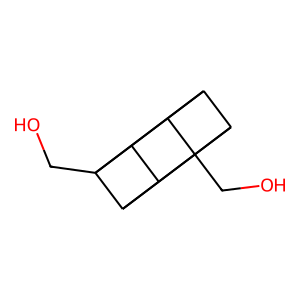
SMILES: OCC12C3C4C1C1C2C3C41CO
Inhibits HIV replication: No